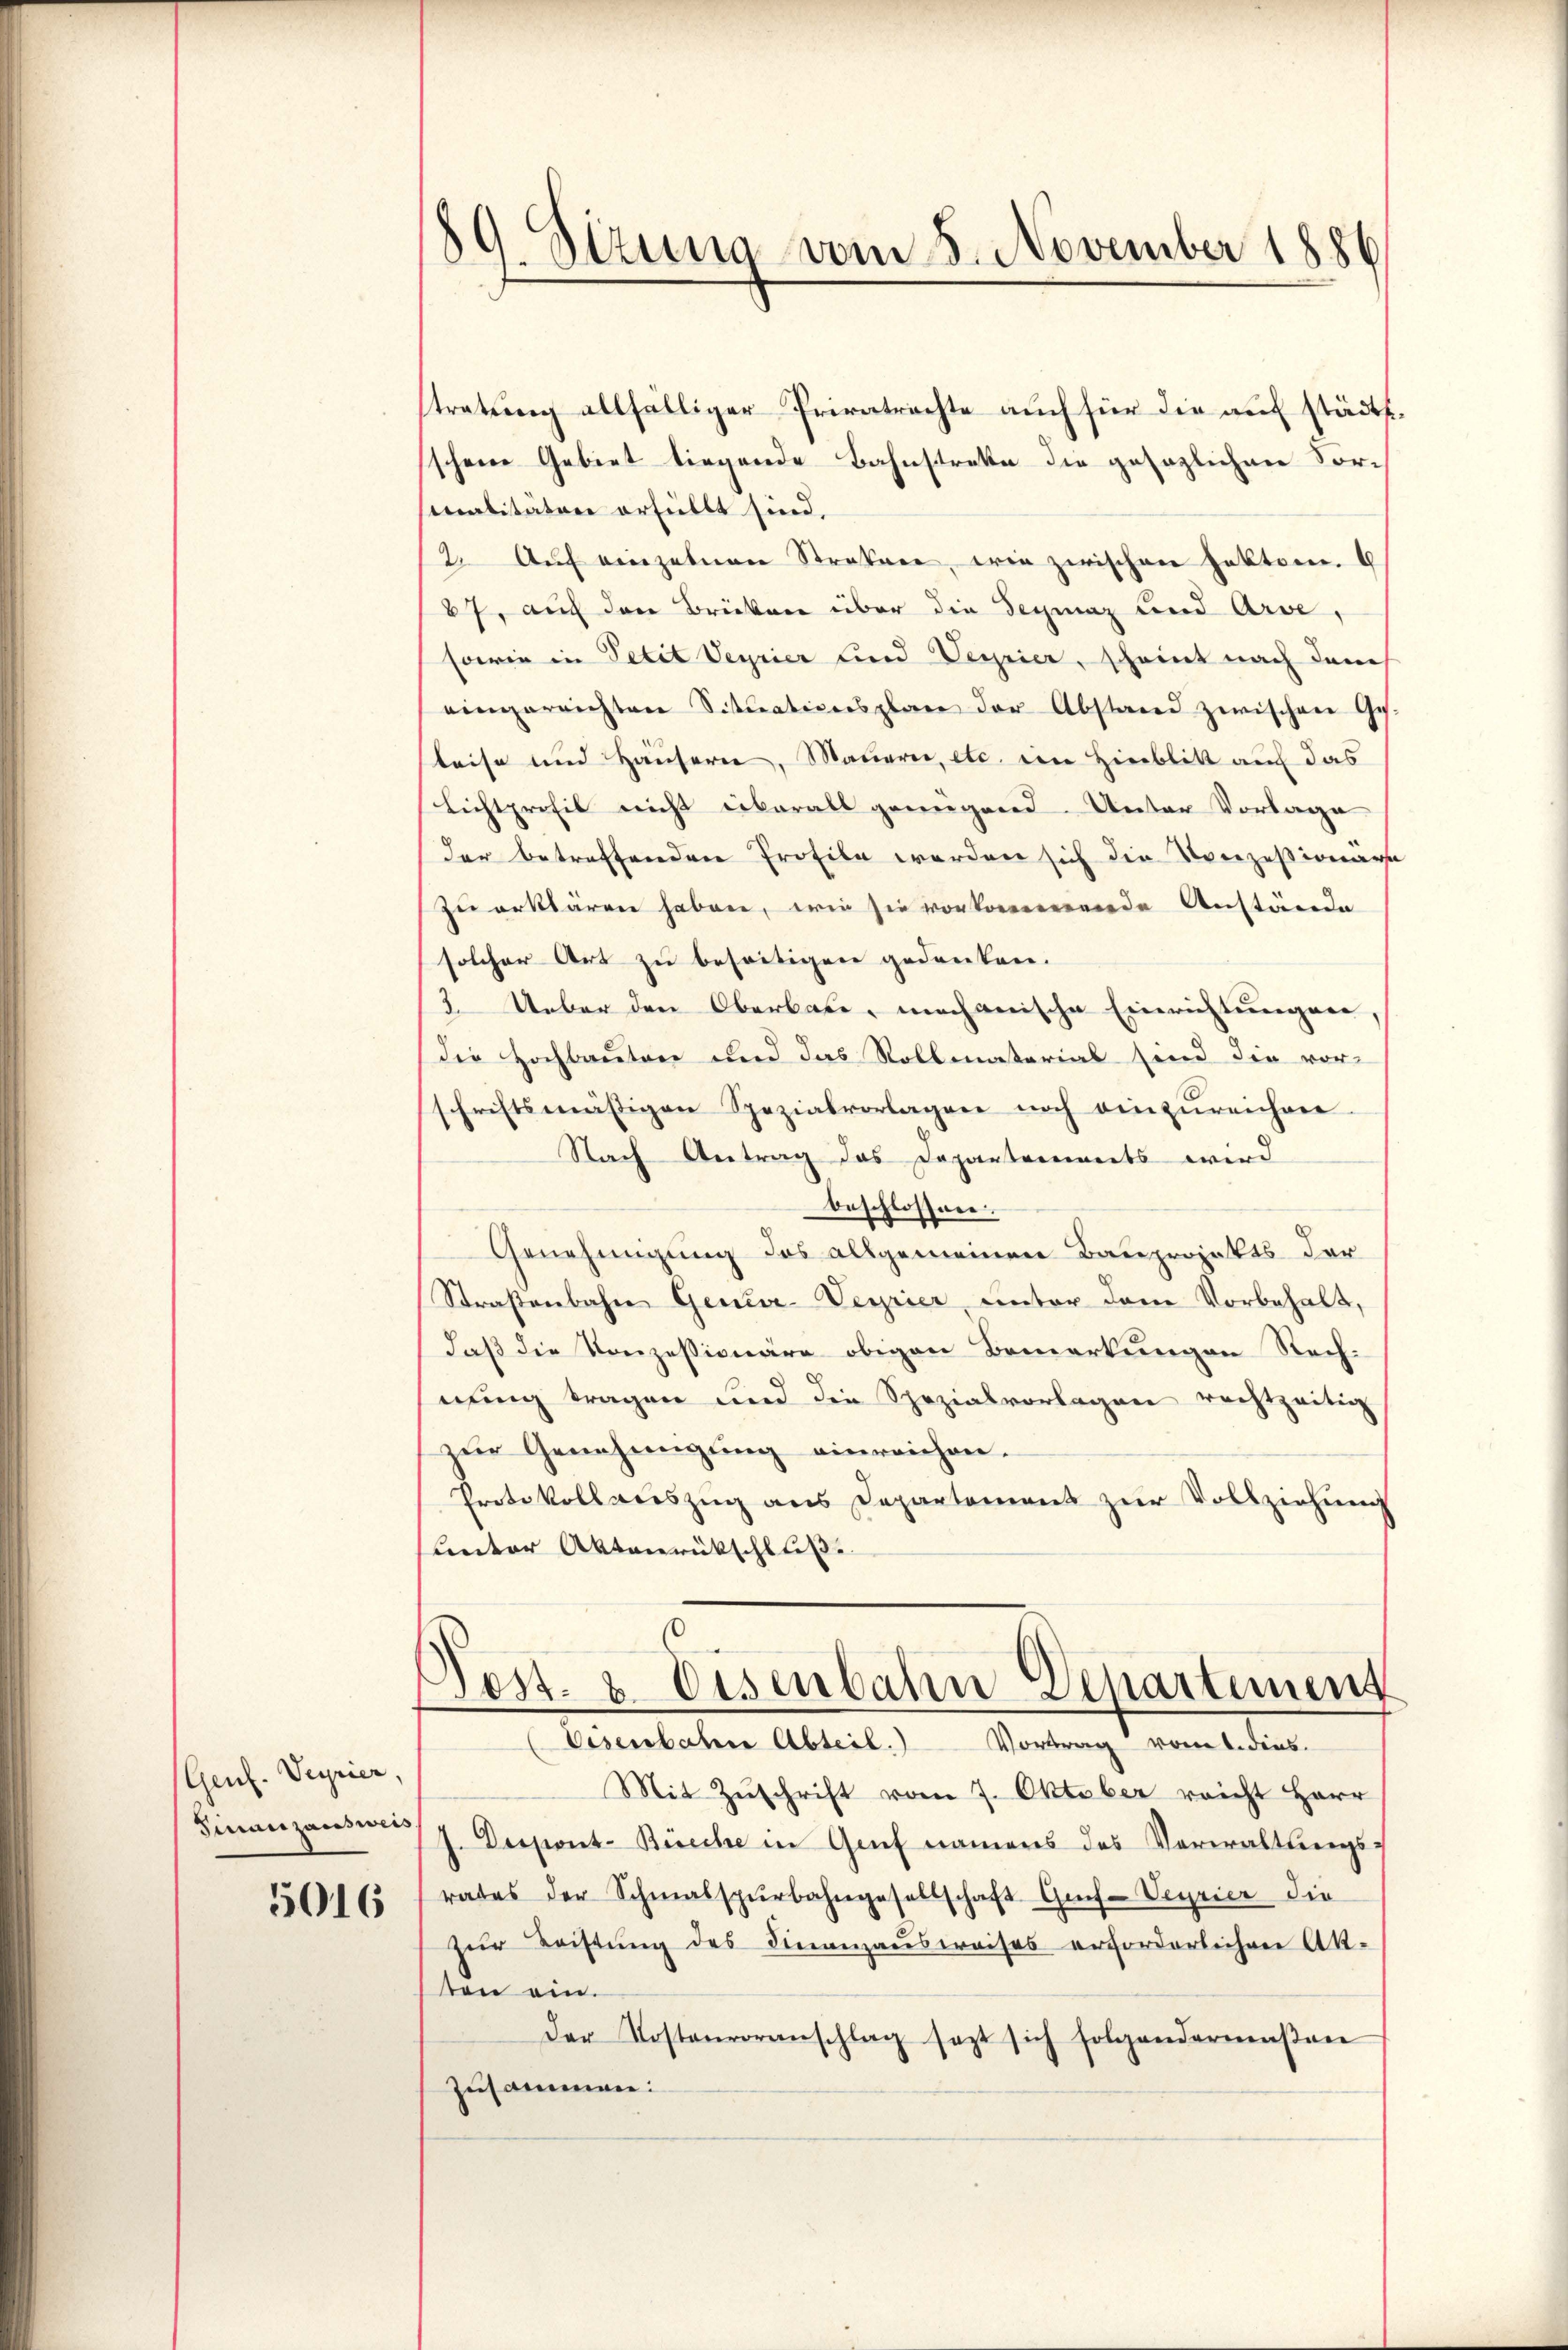
(Genf. Veyrier,
Finanzausweis

5016

s
9. Stzung vom 8. November 1886

tratung allfälliger Privatrechte auch für die auf städts
schene Gebiet liegende Bahnstreke die gesezlichen Formalitäten erfüllt sind.
2. Aŭf einzelnen Straßen, wie zwischen Faktom.
27, auf den Brücken über die Segiaz und Arve,
sowie in Petit Veyrier und Verrier, scheint nach dem
eingereichten Situationsplane der Abstand zwischen Ges.
leise und Häusern, Mauern, etc. den Hinblik auf das
Lichtprofil nicht überall genügend. Unter Vorlage
der betreffenden Profile werden sich die Verzesionare
zu erklären haben, wie sie vorkommende Anstände
solcher Art zu beseitigen gedanken.
3. Ueber den Oberbare, mechanische Einrichtungen,
die Hochbauten und das Rollmatorial sind die vor-
schriftsmäsigen Spezialvorlagen noch einzŭreichen
Nach Antrag das Departements wird
beschlossen.
Genehmigung des allgemeinen Bauprojekts der
Straßenbahn Geneve-Verrier, unter dem Vorbehalt,
daß die Konzessionäre obigen Bemerkungen Rechnung tragen und die Spezialvorlagen rechtzeitig
zŭr Genehmigŭng einreichen.
Protokollauszug aus Departement zur Vollziehung
Lnter Aktenrückschluß

Poss. v. Disenbahn Departement
Eisenbahne Abteil. Vortrag vom 1. dies

Mit Zŭschrift vom 7. Oktober reicht Herr
s. Despont-Büeche in Genf namens das Vorwaltungsrates der Schmalspurbahngesellschaft Grif-Veyrier die
zür Leistŭng des Finanzausweises erforderlichen Ak-
ten ein.
Der Kostenvoranschlag sezt sich folgendermaβen
Zusammen: